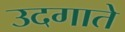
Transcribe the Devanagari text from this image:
उदगाते